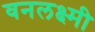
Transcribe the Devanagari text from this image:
वनलक्ष्मी